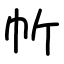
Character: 㠼